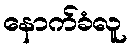
နောက်ခံလူ